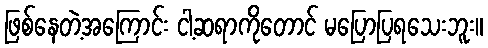
ဖြစ်နေတဲ့အကြောင်း ငါ့ဆရာကိုတောင် မပြောပြရသေးဘူး။